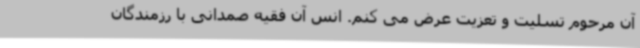
آن مرحوم تسلیت و تعزیت عرض می کنم. انس آن فقیه صمدانی با رزمندگان